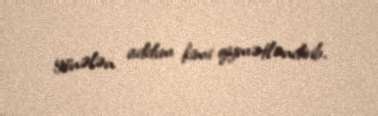
yönələn addım kimi qiymətləndirib.